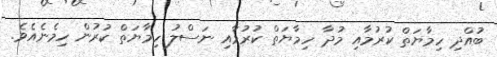
ބުއްދި ހިމާޔަތް ކުރުމާއި މުދާ ހިމާޔަތް ކުރުމާއި ނަސްލު ހިމާޔަތް ކުރުން ހިމެނެއެވެ.